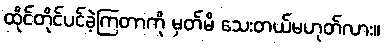
ထိုင်တိုင်ပင်ခဲ့ကြတာကို မှတ်မိ သေးတယ်မဟုတ်လား။